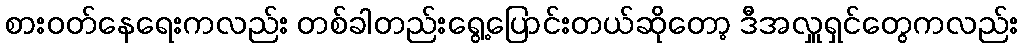
စားဝတ်နေရေးကလည်း တစ်ခါတည်းရွေ့ပြောင်းတယ်ဆိုတော့ ဒီအလှူရှင်တွေကလည်း